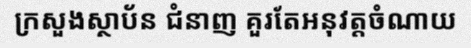
ក្រសួងស្ថាប័ន ជំនាញ គួរតែអនុវត្តចំណាយ